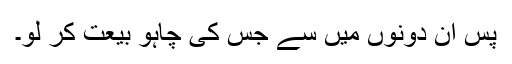
پس ان دونوں میں سے جس کی چاہو بیعت کر لو۔